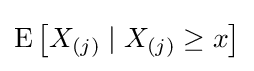
\operatorname {E} \left[X_{(j)}\mid X_{(j)}\geq x\right]